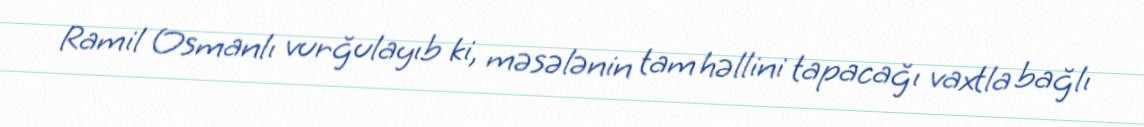
Ramil Osmanlı vurğulayıb ki, məsələnin tam həllini tapacağı vaxtla bağlı